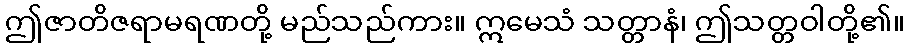
ဤဇာတိဇရာမရဏတို့ မည်သည်ကား။ ဣမေသံ သတ္တာနံ၊ ဤသတ္တဝါတို့၏။